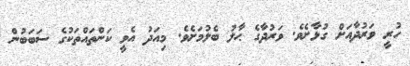
ހުރީ ވަރުދާއަށް ގުޅާށެވެ. ވަރުދާގެ ޙާލު ބެލުމަށެވެ. މިއަދު އެވީ ކަންތައްތަކުގެ ސަބަބުން